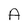
Character: A